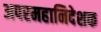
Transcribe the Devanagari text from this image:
अपरमहानिदेशक